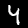
Label: 4